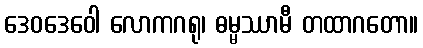
ဒေဝဒေဝေါ လောကဂရု၊ ဓမ္မဿာမီ တထာဂတော။